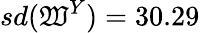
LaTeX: sd(\mathfrak{W}^{Y})=30.29